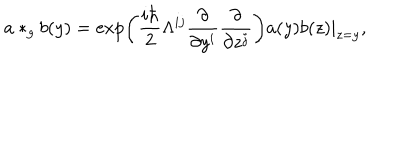
a * _ { g } b ( y ) = \exp \left( \frac { i \hbar } 2 \Lambda ^ { i j } \frac \partial { \partial y ^ { i } } \frac \partial { \partial z ^ { j } } \right) a ( y ) b ( z ) | _ { z = y } ,